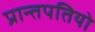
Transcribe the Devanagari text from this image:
प्रान्तपतियो